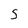
Character: s